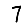
Digit: 7